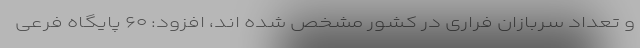
و تعداد سربازان فراری در کشور مشخص شده اند، افزود: ۶۰ پایگاه فرعی